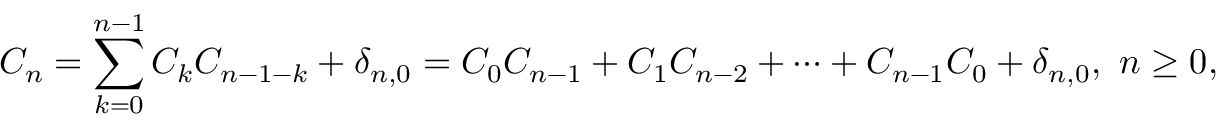
C _ { n } = \sum _ { k = 0 } ^ { n - 1 } C _ { k } C _ { n - 1 - k } + \delta _ { n , 0 } = C _ { 0 } C _ { n - 1 } + C _ { 1 } C _ { n - 2 } + \cdots + C _ { n - 1 } C _ { 0 } + \delta _ { n , 0 } , \ n \geq 0 ,